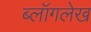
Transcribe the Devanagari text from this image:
ब्लॉगलेख